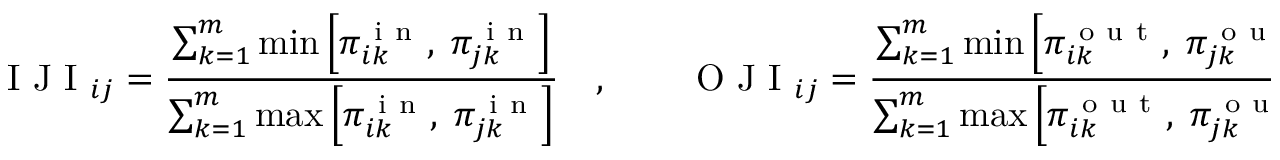
\mathrm { ~ I ~ J ~ I ~ } _ { i j } = \frac { \sum _ { k = 1 } ^ { m } \operatorname* { m i n } \left[ \pi _ { i k } ^ { \mathrm { ~ i ~ n ~ } } , \; \pi _ { j k } ^ { \mathrm { ~ i ~ n ~ } } \right] } { \sum _ { k = 1 } ^ { m } \operatorname* { m a x } \left[ \pi _ { i k } ^ { \mathrm { ~ i ~ n ~ } } , \; \pi _ { j k } ^ { \mathrm { ~ i ~ n ~ } } \right] } \quad , \qquad \mathrm { ~ O ~ J ~ I ~ } _ { i j } = \frac { \sum _ { k = 1 } ^ { m } \operatorname* { m i n } \left[ \pi _ { i k } ^ { \mathrm { ~ o ~ u ~ t ~ } } , \; \pi _ { j k } ^ { \mathrm { ~ o ~ u ~ t ~ } } \right] } { \sum _ { k = 1 } ^ { m } \operatorname* { m a x } \left[ \pi _ { i k } ^ { \mathrm { ~ o ~ u ~ t ~ } } , \; \pi _ { j k } ^ { \mathrm { ~ o ~ u ~ t ~ } } \right] } \quad .